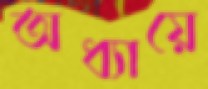
অধ্যায়ে